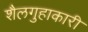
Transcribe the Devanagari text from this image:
शैलगुहाकारी